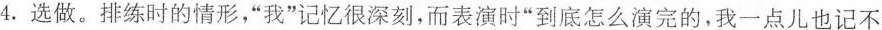
4.选做。排练时的情形，”我”记忆很深刻，而表演时”到底怎么演完的，我一点儿也记不